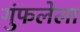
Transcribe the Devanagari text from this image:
गुंफलेला